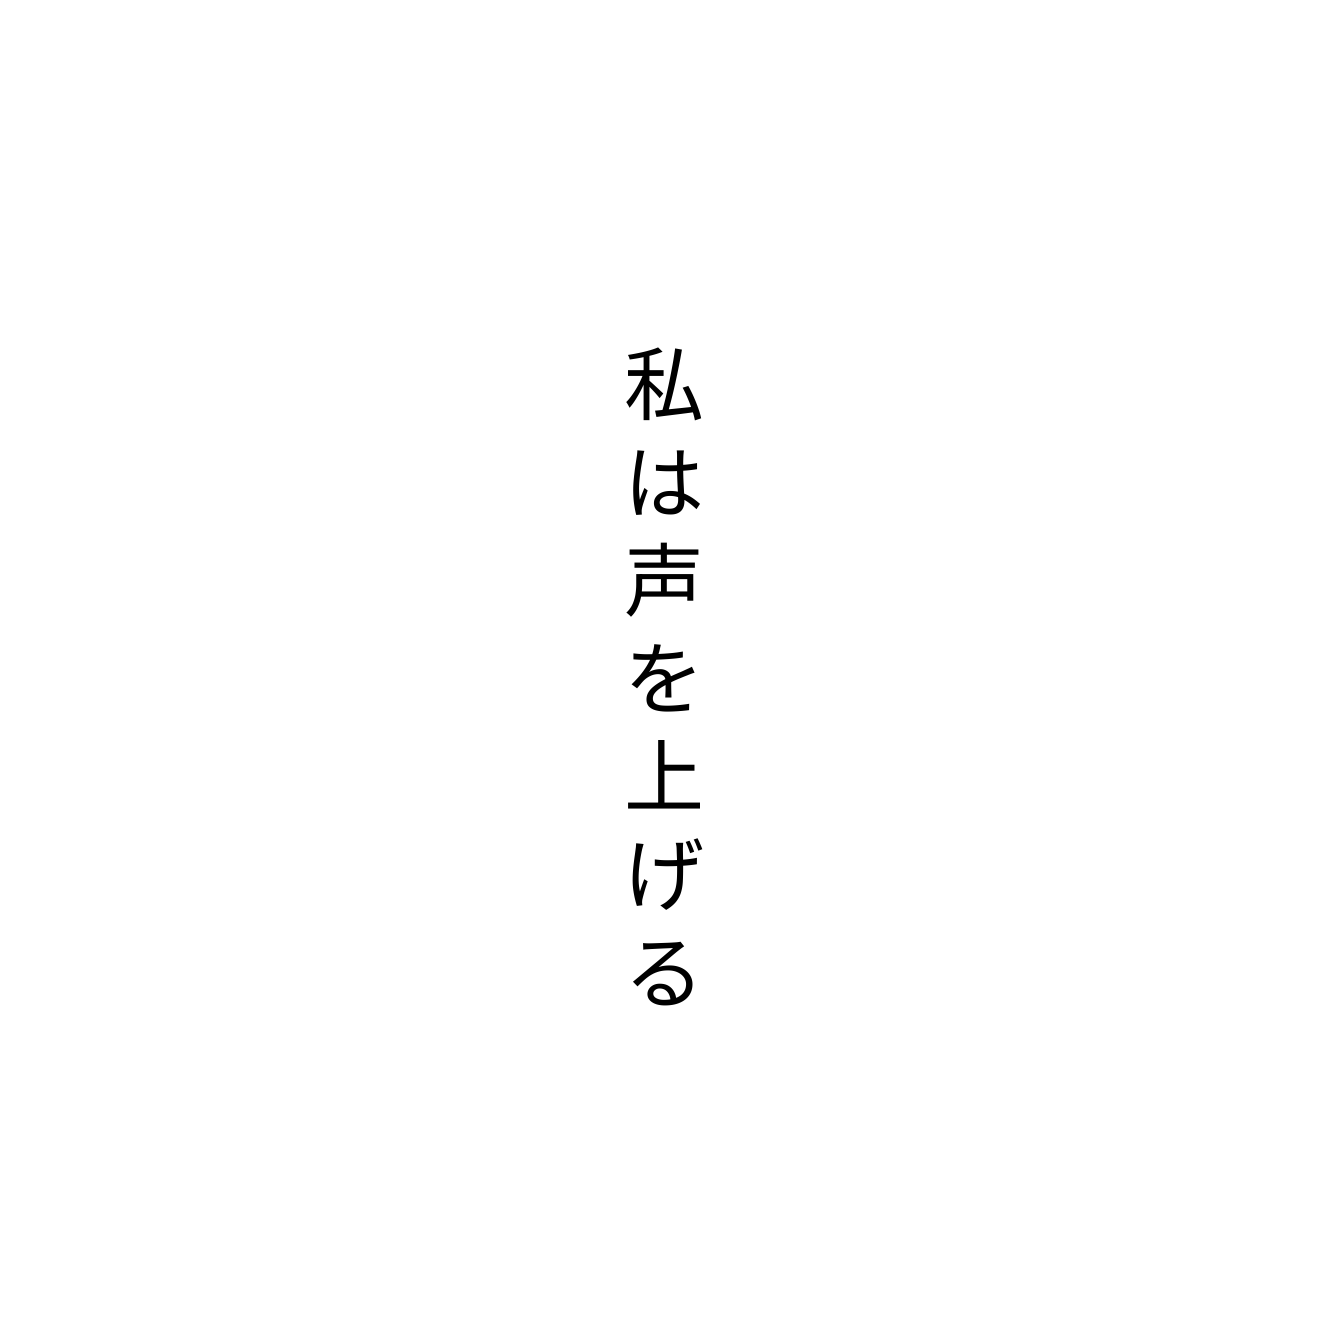
私は声を上げる